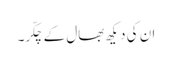
ان کی دیکھ بھال کے چکّر۔